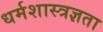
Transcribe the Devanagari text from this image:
धर्मशास्त्रज्ञता